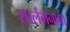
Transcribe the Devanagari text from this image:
शार्लमेनाचा